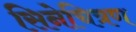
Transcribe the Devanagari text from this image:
सिनेचित्रण